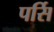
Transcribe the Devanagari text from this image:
पर्सि